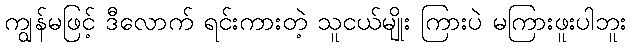
ကျွန်မဖြင့် ဒီလောက် ရင်းကားတဲ့ သူငယ်မျိုး ကြားပဲ မကြားဖူးပါဘူး